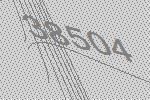
38504